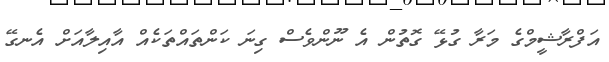
އަފްރާޝީމްގެ މަރާ ގުޅޭ ގޮތުން އެ ނޫންވެސް ގިނަ ކަންތައްތަކެއް އާއިލާއަށް އެނގޭ